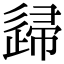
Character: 𨓼